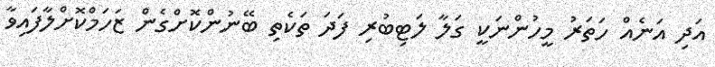
އަދި އަނެއް ހަތަރު މީހުންނަކީ ގަލާ ލަޓިބުރި ފަދަ ތަކެތި ބޭނުންކޮށްގެން ޒަހަމްކޮށްލާފައިވާ